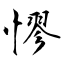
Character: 憀